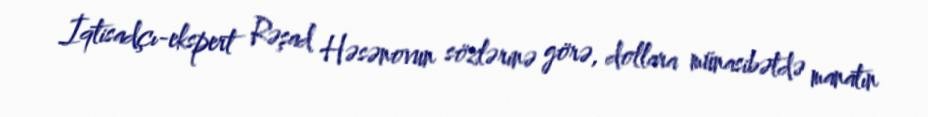
İqtisadçı-ekspert Rəşad Həsənovun sözlərinə görə, dollara münasibətdə manatın